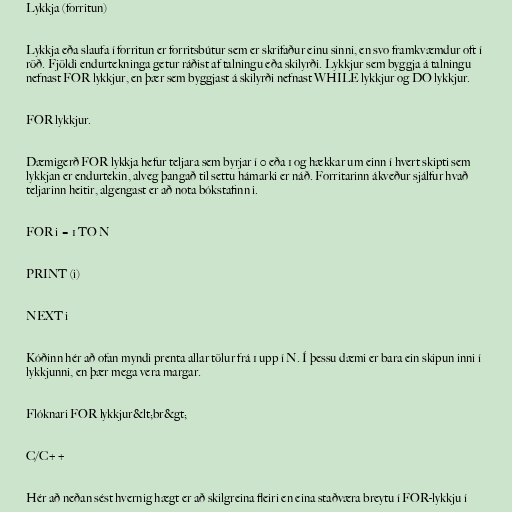
Lykkja (forritun)

Lykkja eða slaufa í forritun er forritsbútur sem er skrifaður einu sinni, en svo framkvæmdur oft í
röð. Fjöldi endurtekninga getur ráðist af talningu eða skilyrði. Lykkjur sem byggja á talningu
nefnast FOR lykkjur, en þær sem byggjast á skilyrði nefnast WHILE lykkjur og DO lykkjur.

FOR lykkjur.

Dæmigerð FOR lykkja hefur teljara sem byrjar í 0 eða 1 og hækkar um einn í hvert skipti sem
lykkjan er endurtekin, alveg þangað til settu hámarki er náð. Forritarinn ákveður sjálfur hvað
teljarinn heitir, algengast er að nota bókstafinn i.

FOR i = 1 TO N

PRINT (i)

NEXT i

Kóðinn hér að ofan myndi prenta allar tölur frá 1 upp í N. Í þessu dæmi er bara ein skipun inni í
lykkjunni, en þær mega vera margar.

Flóknari FOR lykkjur&lt;br&gt;

C/C++

Hér að neðan sést hvernig hægt er að skilgreina fleiri en eina staðværa breytu í FOR-lykkju í